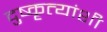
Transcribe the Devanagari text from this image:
दुष्कृत्यांशी